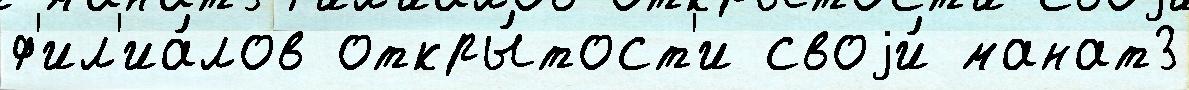
ф'ил'иа́лов откры́тост'и своjи́ манат3